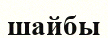
шайбы